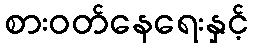
စားဝတ်နေရေးနှင့်